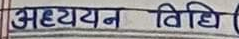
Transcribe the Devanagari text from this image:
अध्ययन विधि